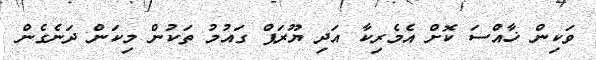
ވަކިން ޚާއްސަ ކޮށް އެމެރިކާ އަދި ޔޫރަޕް ގައުމު ތަކުން މިކަން ދަނެގެން